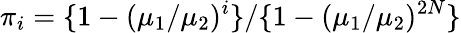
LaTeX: \pi_{i}=\{ 1-(\mu_{1}/\mu_{2})^{i}\} /\{ 1-(\mu_{1}/\mu_{2})^{2N}\}